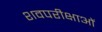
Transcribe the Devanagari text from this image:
शवपरीक्षाओं